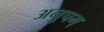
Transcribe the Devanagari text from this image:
अनुपम्